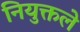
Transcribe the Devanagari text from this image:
नियुक्तले